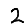
Digit: 2